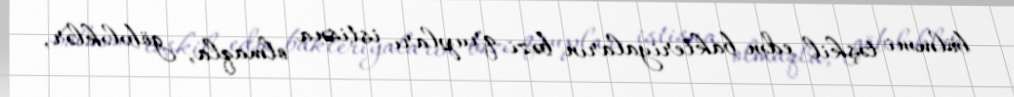
bölməni təşkil edən bakteriyaların bəzi qrupları istisna olmaqla, göbələklər,